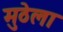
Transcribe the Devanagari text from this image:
मुठेला